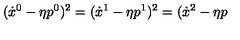
( { \dot { x } } ^ { 0 } - \eta { p } ^ { 0 } ) ^ { 2 } = ( { \dot { x } } ^ { 1 } - \eta { p } ^ { 1 } ) ^ { 2 } = ( { \dot { x } } ^ { 2 } - \eta { p }